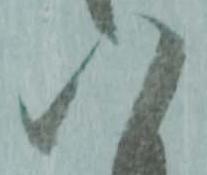
八